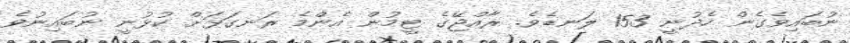
ނުބައިވެގެން ހެދުނީ 153 ލަނޑެވެ. ރާއްޖޭގެ ޓީމުން އެންމެ ރަނގަޅަށް ކުޅުނީ ނުބައިނުވެ